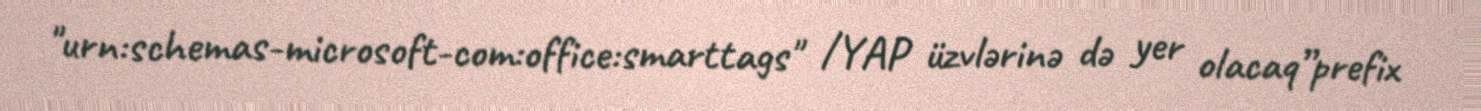
"urn:schemas-microsoft-com:office:smarttags" /YAP üzvlərinə də yer olacaq”prefix